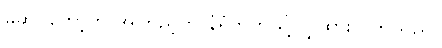
မဆိုင်တော့ဘဲ အကြည့်ကို နံရံဘက်သို့ လွှဲထားလိုက်သည်။